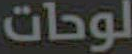
لوحات